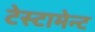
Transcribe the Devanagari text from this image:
टेस्टामेन्ट